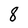
Character: 8